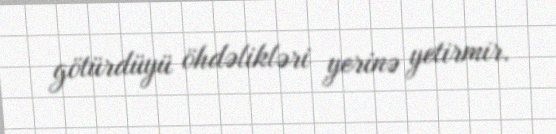
götürdüyü öhdəlikləri yerinə yetirmir.